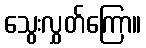
သွေးလွှတ်ကြော။